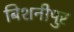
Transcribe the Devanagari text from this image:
बिशनीपुर